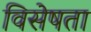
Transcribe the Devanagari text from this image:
विसेषता